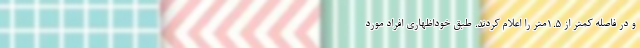
و در فاصله کمتر از ۱.۵متر را اعلام کردند. طبق خوداظهاری افراد مورد